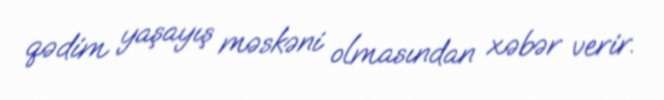
qədim yaşayış məskəni olmasından xəbər verir.